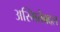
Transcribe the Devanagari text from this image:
अस्मितेबद्दल